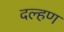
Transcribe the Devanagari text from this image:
दल्हण